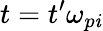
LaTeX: t=t^{\prime}\omega_{p\mathit{i}}